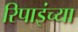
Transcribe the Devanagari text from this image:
रिपाइंच्या